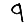
Digit: 9